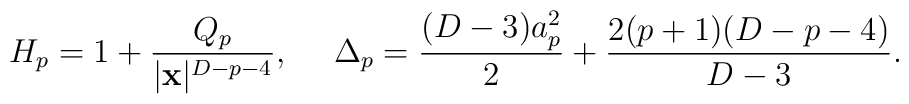
H_p=1+{{Q_p}\over{|{\bf x}|^{D-p-4}}},\ \ \ \ \Delta_p={{(D-3)a^2_p}\over 2}+{{2(p+1)(D-p-4)}\over{D-3}}.